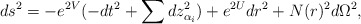
\begin{align*}ds^{2}=-e^{2V}(-dt^{2}+\sum dz_{\alpha_{i}}^{2})+e^{2U}dr^{2}+N(r)^{2}d\Omega ^{2}, \end{align*}